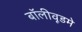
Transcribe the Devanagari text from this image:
बॉलीवूडमे